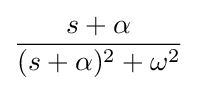
{s+\alpha  \over (s+\alpha )^{2}+\omega ^{2}}